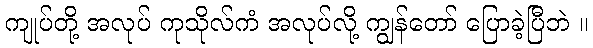
ကျုပ်တို့ အလုပ် ကုသိုလ်ကံ အလုပ်လို့ ကျွန်တော် ပြောခဲ့ပြီဘဲ ။